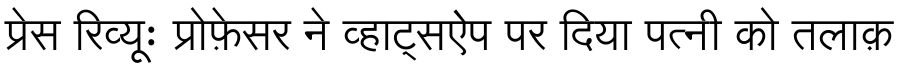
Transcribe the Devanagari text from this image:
प्रेस रिव्यूः प्रोफ़ेसर ने व्हाट्सऐप पर दिया पत्नी को तलाक़